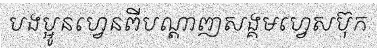
បងប្អូនហ្វេនពីបណ្តាញសង្គមហ្វេសប៊ុក